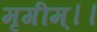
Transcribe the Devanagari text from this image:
मृगीम्।।